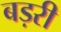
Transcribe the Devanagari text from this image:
बड़री